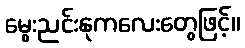
မွေးညင်းနုကလေးတွေဖြင့်။